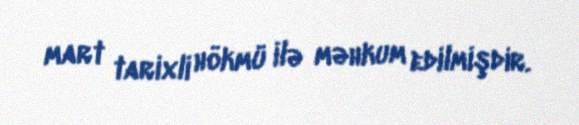
mart tarixli hökmü ilə məhkum edilmişdir.